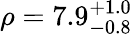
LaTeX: \rho=7.9_{-0.8}^{+1.0}